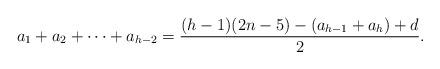
LaTeX: \begin{align*}a_1+a_2+\cdots+a_{h-2}=\frac{(h-1)(2n-5)-(a_{h-1}+a_h)+d}{2}.\end{align*}